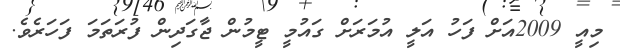
މިއީ 2009އަށް ފަހު އަލީ އުމަރަށް ގައުމީ ޓީމުން ޖާގަދިން ފުރަތަމަ ފަހަރެވެ.